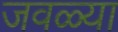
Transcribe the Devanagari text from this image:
जवळ्या